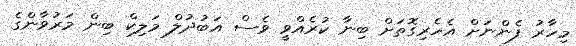
މިހާރު ފެންނަށް އެހެރިގޮތަށް ބިނާ ކުރެއްވީ ވެސް އަބުދުލް މަލިކް ބިން މަރުވާންގެ